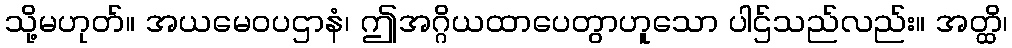
သို့မဟုတ်။ အယမေဝပဌာနံ၊ ဤအဂ္ဂိယထာပေတွာဟူသော ပါဌ်သည်လည်း။ အတ္ထိ၊